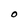
Character: O